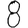
Digit: 8